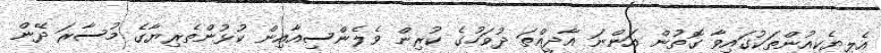
އެލިޔެކިއުންތަކުގައިވާ ގޮތުން އަންނަ އާދީއްތަ ދުވަހުގެ ކުރިން ވެލެންސިއާއިން ކުޅުންތެރިޔާގެ މުސާރަ ދޭން